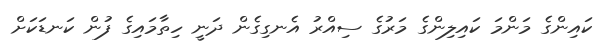
ކައިންގެ މަންމަ ކައިލިންގެ މަރުގެ ސިއްރު އެނގިގެން ދަނީ ހިތާމައިގެ ފުން ކަނޑަކަށް